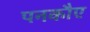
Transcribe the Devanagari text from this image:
पनकौए